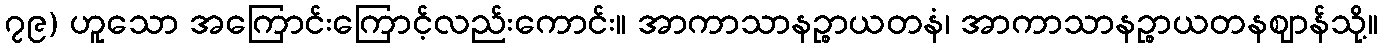
၇၉) ဟူသော အကြောင်းကြောင့်လည်းကောင်း။ အာကာသာနဉ္စာယတနံ၊ အာကာသာနဉ္စာယတနဈာန်သို့။